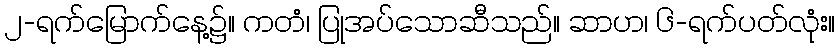
၂-ရက်မြောက်နေ့၌။ ကတံ၊ ပြုအပ်သောဆီသည်။ ဆာဟ၊ ၆-ရက်ပတ်လုံး။